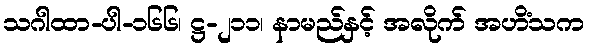
သဂါထာ-ပါ-၁၆၆၊ ဋ္ဌ-၂၁၁၊ နာမည်နှင့် အလိုက် အဟိံသက